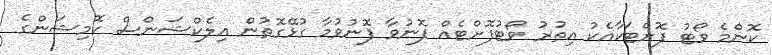
ކޮންމެ ވޯޓު ފޮށްޓަކާއެކު އިތުރު ވޯޓުފޮށްޓެއް ފޮނުވާ ފޮނުވުމާ ގުޅޭގޮތުން އިލެކްޝަންސް ކޮމިޝަންގެ